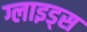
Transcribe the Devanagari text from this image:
ग्लाइड्स